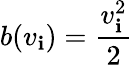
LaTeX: b(v_{\mathbf{i}})={\frac{{v_{\mathbf{i}}^{2}}}{{2}}}